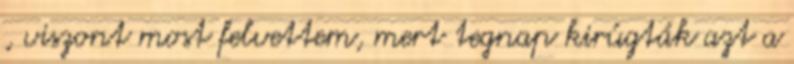
, viszont most felvettem, mert tegnap kirúgták azt a